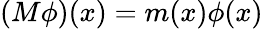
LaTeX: (M\phi)(x)=m(x)\phi(x)